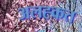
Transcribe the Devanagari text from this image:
अलह्कत